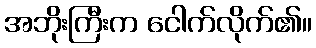
အဘိုးကြီးက ငေါက်လိုက်၏။